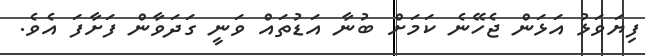
ފިޔަވަޅު އަޅަން ޖެހޭނެ ކަމަށް ބުނާ އަޑުތައް ވަނީ ގަދަވާން ފަށާފަ އެވެ.